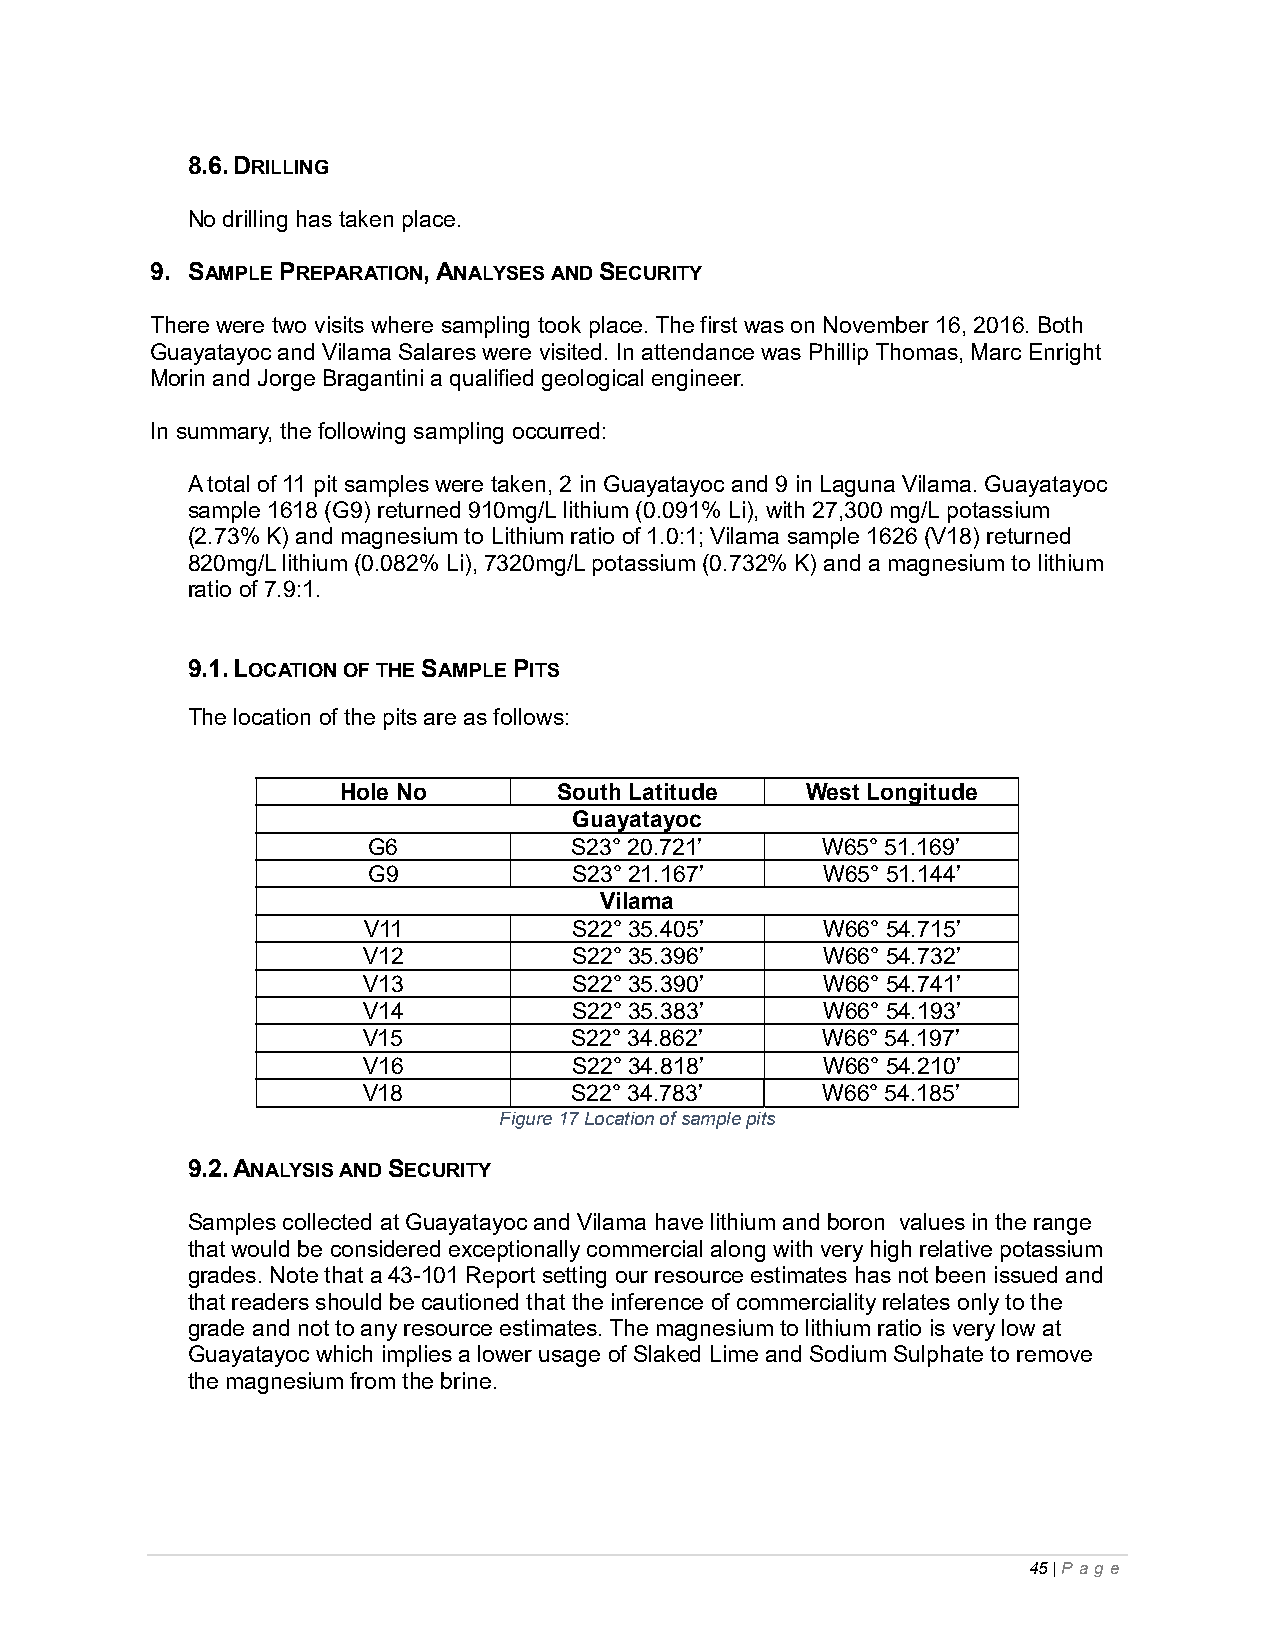
8.6. DRILLING
 No drilling has taken place.
 9. SAMPLE PREPARATION, ANALYSES AND SECURITY
 There were two visits where sampling took place. The first was on November 16, 2016. Both
 Guayatayoc and Vilama Salares were visited. In attendance was Phillip Thomas, Marc Enright
 Morin and Jorge Bragantini a qualified geological engineer.
 In summary, the following sampling occurred:
 A total of 11 pit samples were taken, 2 in Guayatayoc and 9 in Laguna Vilama. Guayatayoc
 sample 1618 (G9) returned 910mg/L lithium (0.091% Li), with 27,300 mg/L potassium
 (2.73% K) and magnesium to Lithium ratio of 1.0:1; Vilama sample 1626 (V18) returned
 820mg/L lithium (0.082% Li), 7320mg/L potassium (0.732% K) and a magnesium to lithium
 ratio of 7.9:1.
 9.1. LOCATION OF THE SAMPLE PITS
 The location of the pits are as follows:
 Hole No       South Latitude  West Longitude
 Guayatayoc
 G6            S23° 20.721’    W65° 51.169’
 G9            S23° 21.167’    W65° 51.144’
 Vilama
 V11           S22° 35.405’    W66° 54.715’
 V12           S22° 35.396’    W66° 54.732’
 V13           S22° 35.390’    W66° 54.741’
 V14           S22° 35.383’    W66° 54.193’
 V15           S22° 34.862’    W66° 54.197’
 V16           S22° 34.818’    W66° 54.210’
 V18           S22° 34.783’    W66° 54.185’
 Figure 17 Location of sample pits
 9.2. ANALYSIS AND SECURITY
 Samples collected at Guayatayoc and Vilama have lithium and boron values in the range
 that would be considered exceptionally commercial along with very high relative potassium
 grades. Note that a 43-101 Report setting our resource estimates has not been issued and
 that readers should be cautioned that the inference of commerciality relates only to the
 grade and not to any resource estimates. The magnesium to lithium ratio is very low at
 Guayatayoc which implies a lower usage of Slaked Lime and Sodium Sulphate to remove
 the magnesium from the brine.
 45 | P ag e